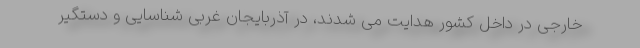
خارجی در داخل کشور هدایت می شدند، در آذربایجان غربی شناسایی و دستگیر